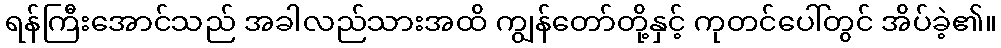
ရန်ကြီးအောင်သည် အခါလည်သားအထိ ကျွန်တော်တို့နှင့် ကုတင်ပေါ်တွင် အိပ်ခဲ့၏။